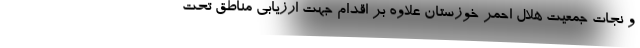
و نجات جمعیت هلال احمر خوزستان علاوه بر اقدام جهت ارزیابی مناطق تحت